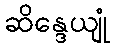
ဆိန္ဒေယျုံ